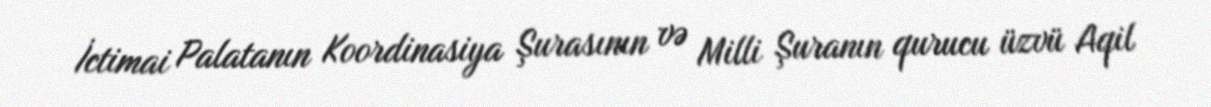
İctimai Palatanın Koordinasiya Şurasının və Milli Şuranın qurucu üzvü Aqil